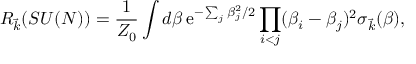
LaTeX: { \cal R } _ { \vec { k } } ( S U ( N ) ) = { \frac { 1 } { Z _ { 0 } } } \int d \beta \, \mathrm { e } ^ { - \sum _ { j } \beta _ { j } ^ { 2 } / 2 } \prod _ { i < j } ( \beta _ { i } - \beta _ { j } ) ^ { 2 } \sigma _ { \vec { k } } ( \beta ) ,